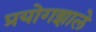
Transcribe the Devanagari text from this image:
प्रयोगझाले